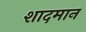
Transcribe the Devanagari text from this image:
शादमान